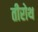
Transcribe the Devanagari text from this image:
तीरोथ